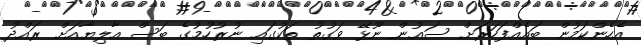
އެހެންކަމުން ބައެއްފަހަރަށް ސައުން ނޫޅޭ ވަގުތު ތަކުގައި ނުރުހުމުގެ ބަސް އާލިޔާއަށް ރައްދު